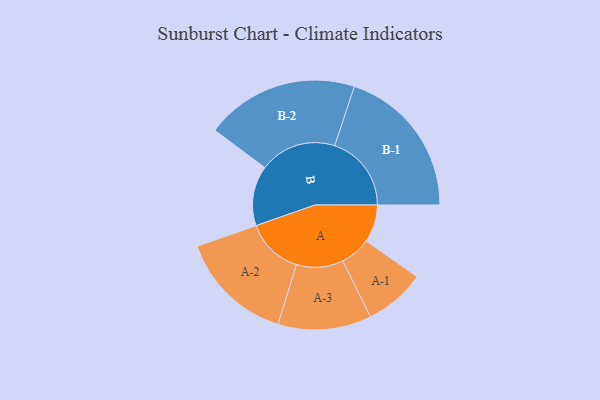
{"axis": {"x": "Segment", "y": "Value"}, "legend": ["", "A", "B"], "data": [{"x": "A", "y": 139, "type": ""}, {"x": "B", "y": 222, "type": ""}, {"x": "A-1", "y": 113, "type": "A"}, {"x": "A-2", "y": 212, "type": "A"}, {"x": "A-3", "y": 173, "type": "A"}, {"x": "B-1", "y": 284, "type": "B"}, {"x": "B-2", "y": 284, "type": "B"}]}